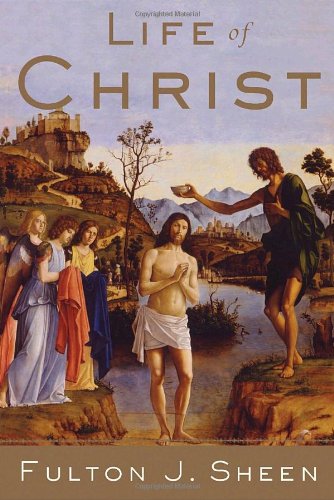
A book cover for Life of Christ; Fulton J. Sheen; Christian Books & Bibles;